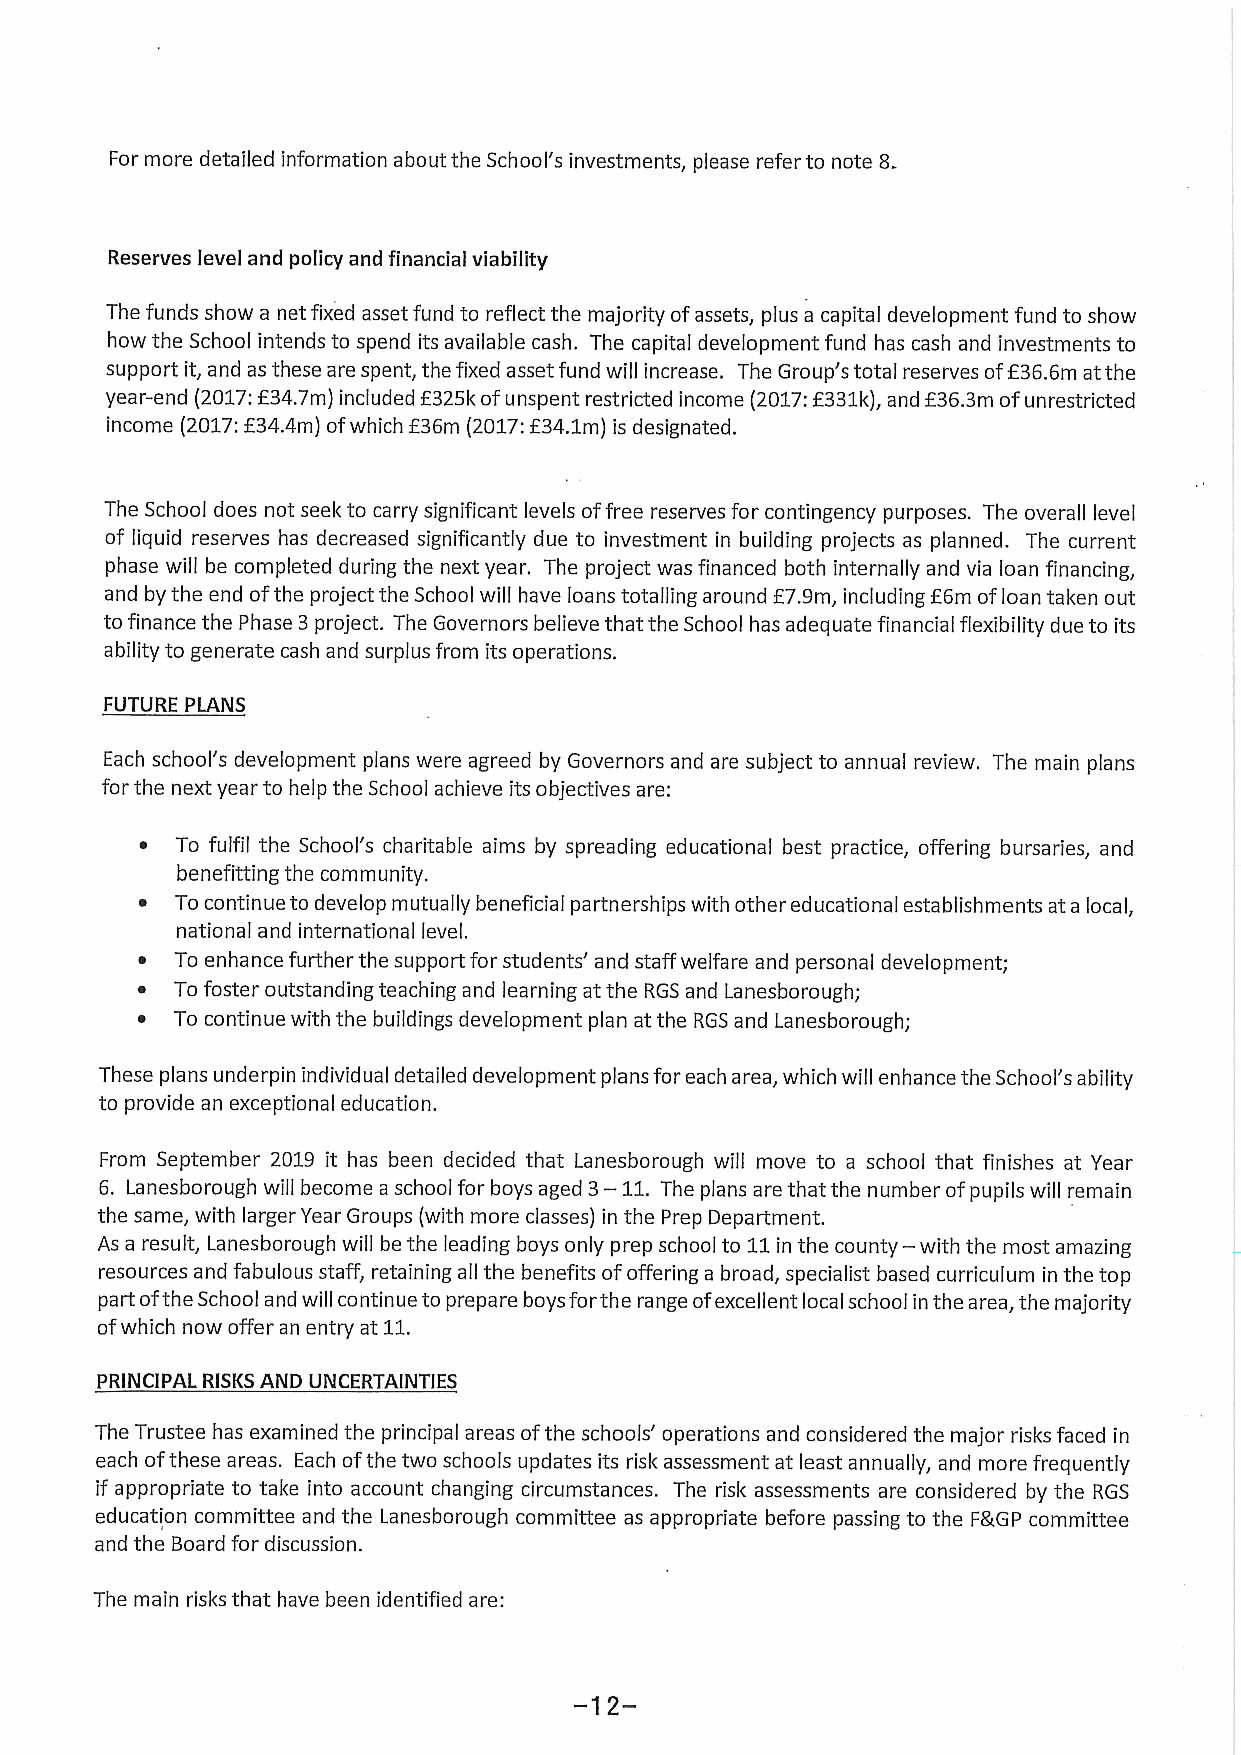
For more detailed information about the School's investments, please refer to note 8.
 Reserves level and policy and financial viability
 The funds show a net fixed asset fund to reflect the majority ofassets, plus a capital development fund to show
 how the School intends to spend its available cash. The capital development fund has cash and investments to
 support it, and as these are spent, the fixed asset fund will increase. The Group's total reserves of236.6m atthe
 year-end (2017:f34.7m) included E325kofunspent restricted income (2017:2331k),and E36.3m ofunrestricted
 income (2017:234.4m) ofwhich E36m (2017:F34.1m) is designated.
 The School does not seek to carry significant levels offree reserves for contingency purposes. The overall level
 of liquid reserves has decreased significantly due to investment in building projects as planned. The current
 phase will be completed during the next year. The project was financed both internally and via loan financing,
 and by the end ofthe project the School will have loans totalling around E7.9m, including 86m ofloan taken out
 to finance the Phase 3project. The Governors believe that the School has adequate financial flexibility due to its
 ability to generate cash and surplus from its operations.
 FUTURE PLANS
 Each school's development plans were agreed by Governors and are subject to annual review. The main plans
 for the next year to help the School achieve its objectives are:
 ~  To fulfil the School's charitable aims by spreading educational best practice, offering bursaries, and
 benefitting the community.
 ~  To continue to develop mutually beneficial partnerships with other educational establishments at a local,
 national and international level.
 ~  To enhance further the support for students' and staff welfare and personal development;
 ~  To foster outstanding teaching and learning at the RGS and Lanesborough;
 ~ To continue with the buildings development plan at the RGS and Lanesborough;
 These plans underpin individual detailed development plans for each area, which will enhance the School's ability
 to provide an exceptional education.
 From September 2019 it has been decided that Lanesborough will move to a school that finishes at Year
 6. Lanesborough will become a school for boys aged 3—11.The plans are that the number ofpupils will remain
 the same, with larger Year Groups (with more classes) in the Prep Department.
 As a result, Lanesborough will be the leading boys only prep school to 11 in the county — with the most amazing
 resources and fabulous staff, retaining all the benefits ofoffering a broad, specialist based curriculum in the top
 part ofthe School and will continue to prepare boys forthe range ofexcellent local school in the area, the majority
 ofwhich now offer an entry at 11.
 PRINCIPAL RISKSAND UNCERTAINTIES
 The Trustee has examined the principal areas ofthe schools' operations and considered the major risks faced in
 each ofthese areas. Each ofthe two schools updates its risk assessment at least annually, and more frequently
 if appropriate to take into account changing circumstances. The risk assessments are considered by the RGS
 education committee and the Lanesborough committee as appropriate before passing to the FRGP committee
 and the Board for discussion.
 The main risks that have been identified are: